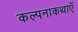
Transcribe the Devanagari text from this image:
कल्पनाकथाएँ